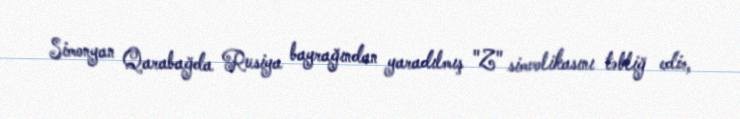
Simonyan Qarabağda Rusiya bayrağından yaradılmış "Z" simvolikasını təbliğ edir,